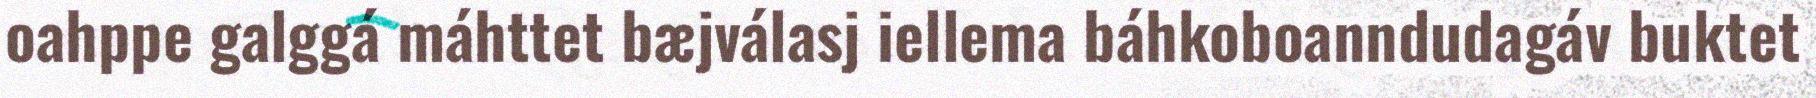
oahppe galggá máhttet bæjválasj iellema báhkoboanndudagáv buktet